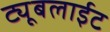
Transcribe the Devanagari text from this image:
ट्यूबलाईट